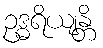
ဥဒ္ဓရိယျန္တိ